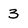
Character: 3